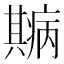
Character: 𤻓